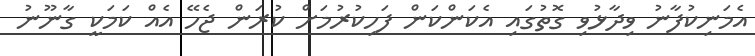
އެމަނިކުފާނު ވިދާޅުވި ގޮތުގައި އެކަންކަން ފަހިކުރުމަށް ކުރަން ޖެހޭ އެއް ކަމަކީ ގާނޫނު